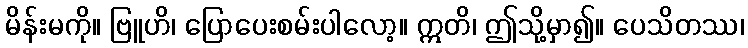
မိန်းမကို။ ဗြူဟိ၊ ပြောပေးစမ်းပါလော့။ ဣတိ၊ ဤသို့မှာ၍။ ပေသိတဿ၊